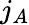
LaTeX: j_{A}